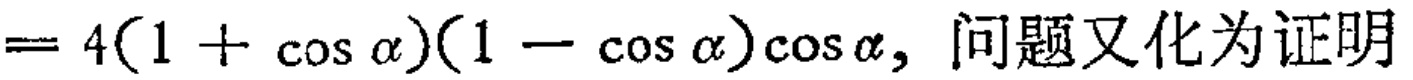
$= 4(1 + \cos \alpha)(1 - \cos \alpha)\cos \alpha,$ 问题又化为证明